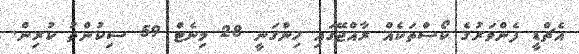
އެޗްޑީ ފެންވަރުގެ ކޯސްތަކެއް ރާއްޖޭގައި ހިންގަނީ 28 މިނެޓް 59 ސިކުންތު ކުރިން.